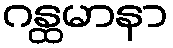
ဂန္ထမာနာ